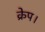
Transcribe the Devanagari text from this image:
क्रेप।